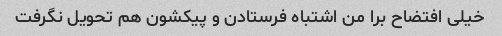
خیلی افتضاح برا من اشتباه فرستادن و پیکشون هم تحویل نگرفت